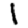
Digit: 1